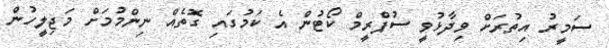
ސަމީރު އިތުރަށް ވިދާޅުވީ ސުޕްރީމް ކޯޓުން އެ ކަމުގައި ގޮތެއް ނިންމުމަށް މަޖިލީހުން